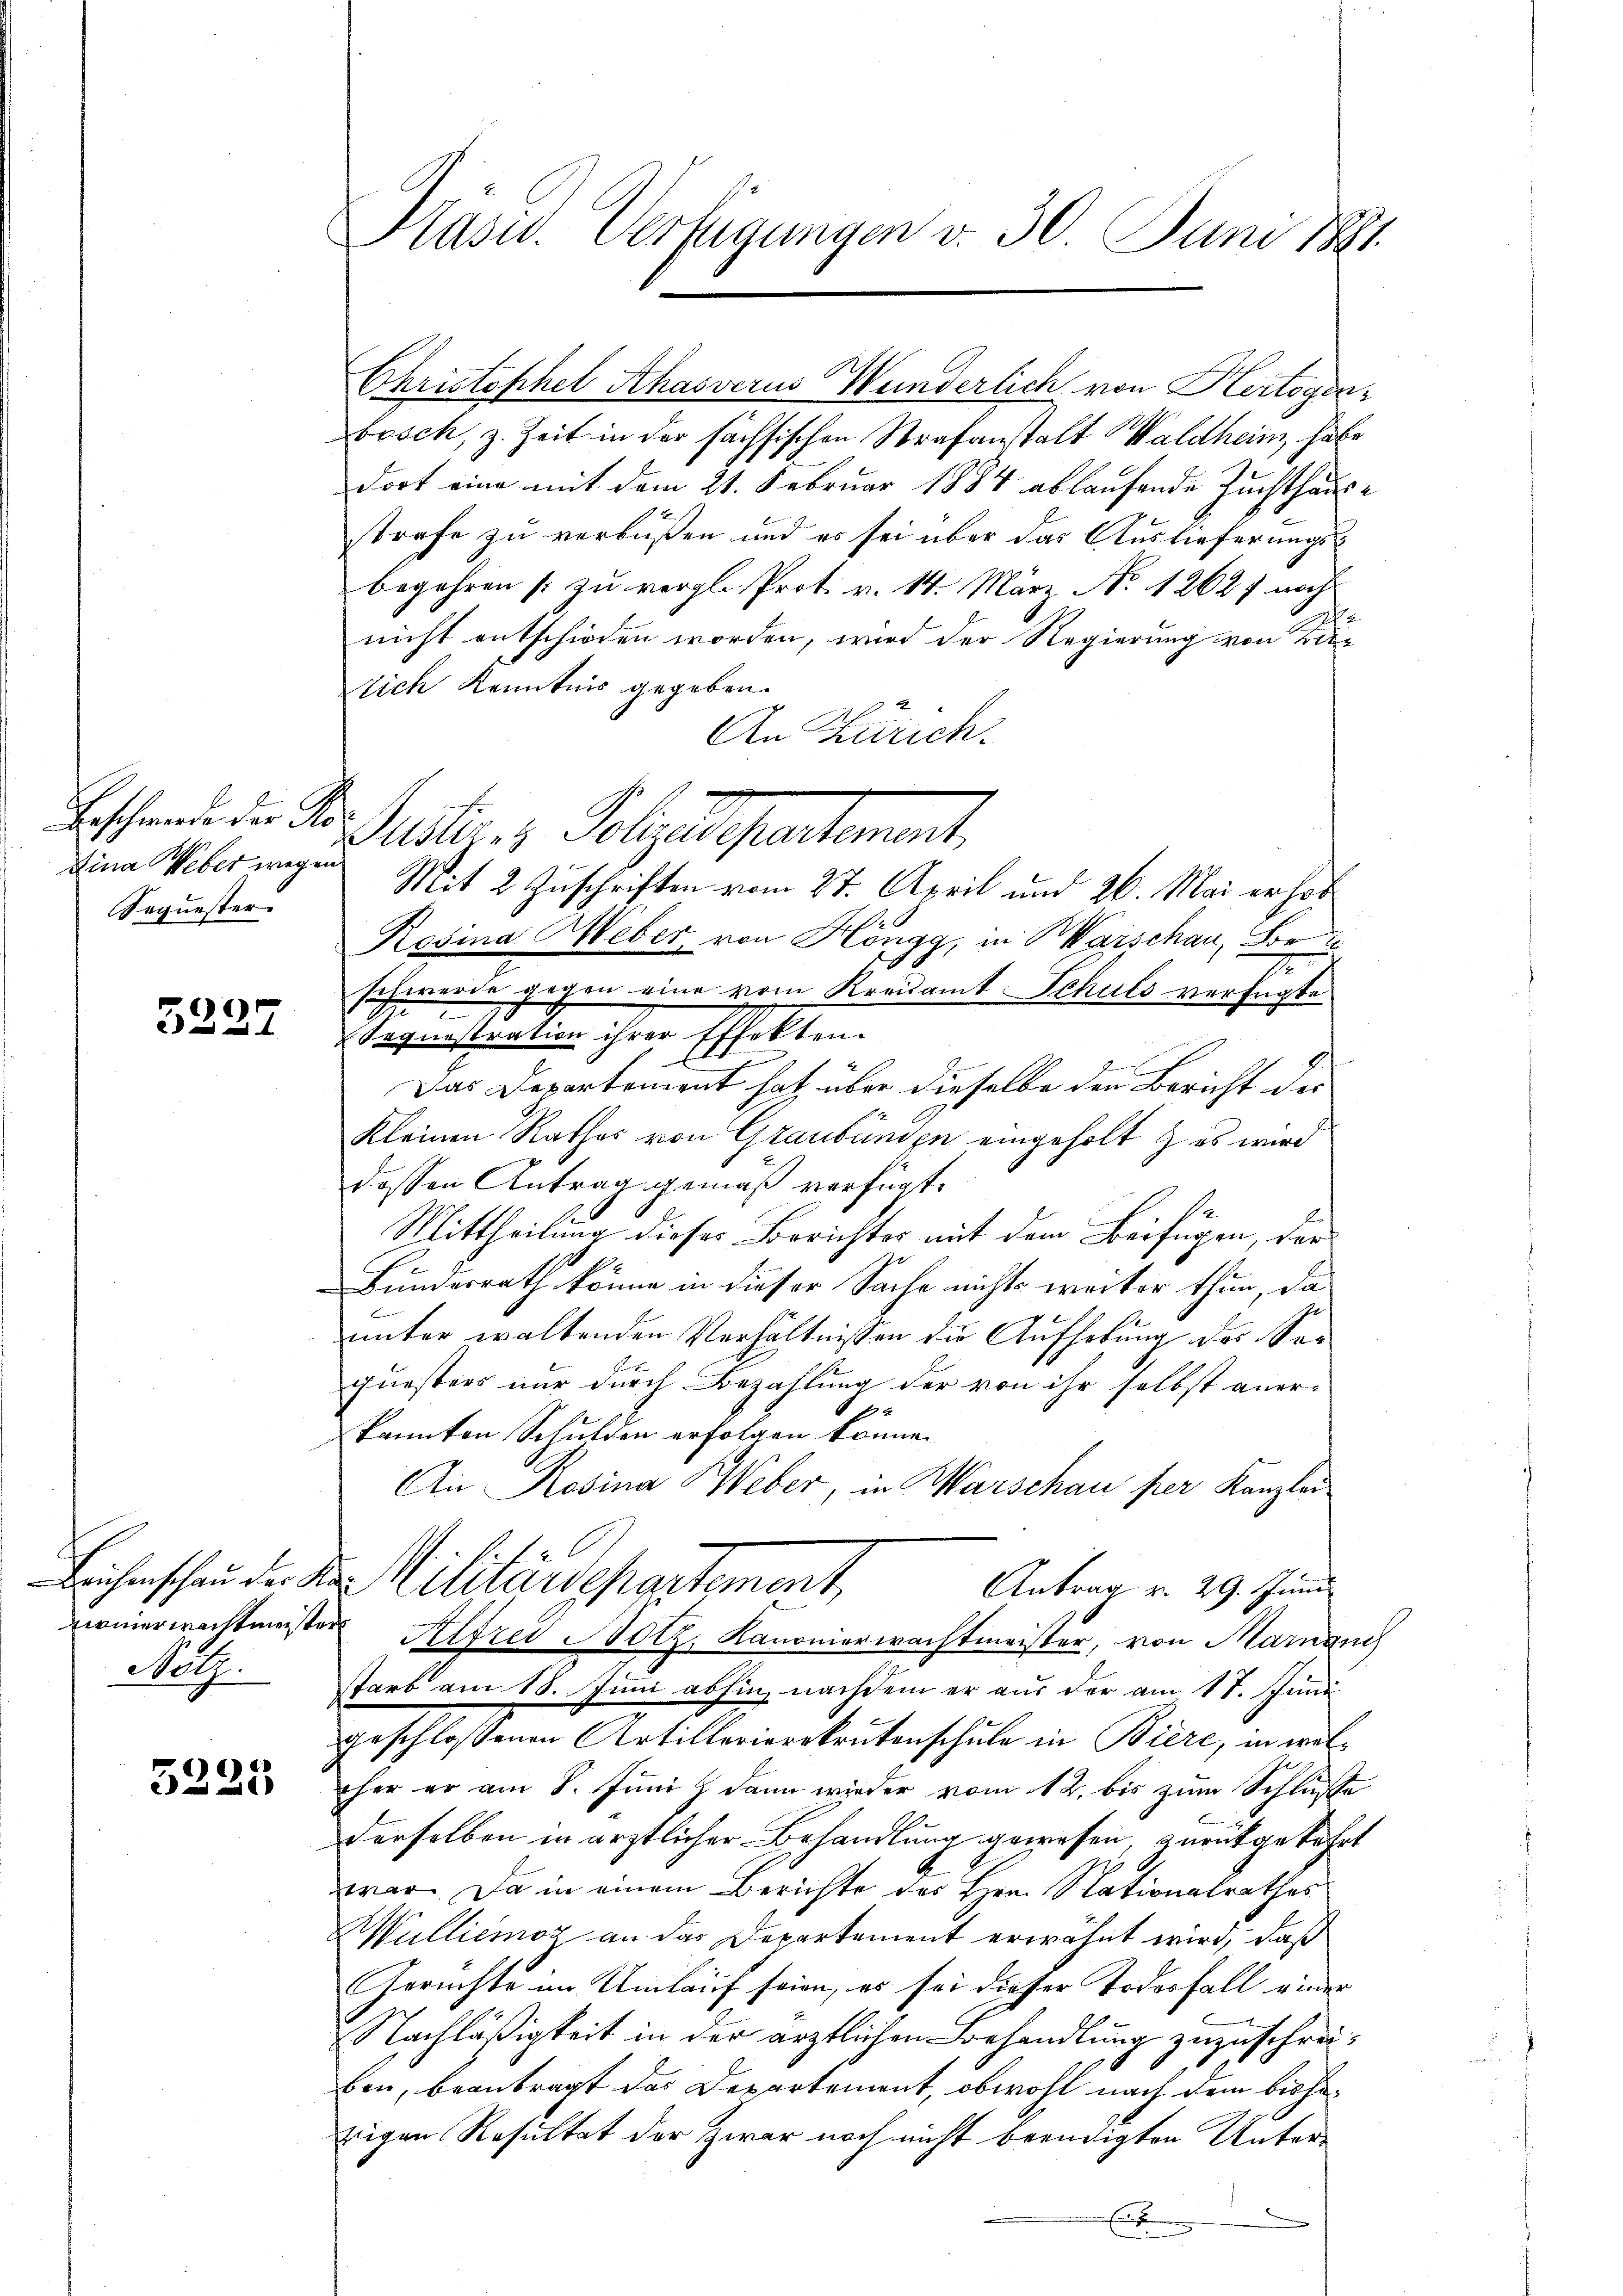
Beschwerde der Ho
Dina Weber wegen
Sequester

3227

Leichenschau der K.
Kirnerwachtmeiste
Not.

3225

Kasu. Verfügungen v. 30. Juni 1881.

bosch, z. Zeit in der sächsischen Strafanstalt Waldhein habe
dort eine mit dem 21. Februar 1884 ablaufende Zuchthause
strafe zu verbüßen und es sei über das Auslieferungsbegehren [zu vergl. Prot. v. 14. März No. 12627 noch
nicht entschieden worden, wird der Regierung von de
Dich Kenntnis gegeben.
An Zürich.
Mit 2 Zuschriften vom 27. April und 26. Mai erhob
Rosina Weber von Höngg, in Marschau, Bri
schwerde gegen eine vom Kreisamt Schuls verfügte
Sequestration ihrer Effekten.
in machten
 x
Das Departement hat, über dieselbe den Bericht der
kleinen Rathes von Graubünden eingeholt & es wird
dessen Antrag gemäß verfügt:
Mittheilung dieses Berichter mit dem Beifügen, der
Bundesrath könne in dieser Sache nichts weiter thun, da
unter waltenden Verhältnissen die Aufhebung des Sequesters nur durch Bezahlung der von ihr selbst aner-
2
1
kannten Schulden erfolgen könne.
An Rosina Weber, in Marschau per Kanzlei
fxx
Muuarschartement,
Antrag v. 29. Juni
Alfred Hotz, Kanonierwachtmeister, von Marnach
starb am 18. Juni abhin, nachdem er aus der am 17. Juni
geschlossenen Artillerierekrutenschule in Biere, in welher er am 8. Juni dann wieder vom 12. bis zum Schluße
derselben in ärztlicher Behandlung gewesen zurückgekehrt
war. Da in einem Berichte des Hrn. Nationalrathes
Wulliemoz an das Departement erwähnt wird, daß
Gerichte im Umlauf seien, es sei dieser Todesfall einer
Nachläßigkeit in der ärztlichen Behandlung zuzuschreiben, beantragt das Departement, obwohl nach dem bishezigen Resultat der zwar noch nicht beendigten Unter¬
E

t d. 1. Polirungsartement,

Christophel Khasverus Wunderlich von Hertogon¬